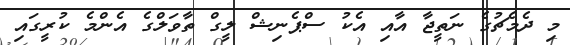
މި ދެމެޗުގެ ނަތީޖާ އާއި އެކު ސްޕެނިޝް ލީގް ތާވަލްގެ އެންމެ ކުރީގައި